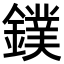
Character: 鏷